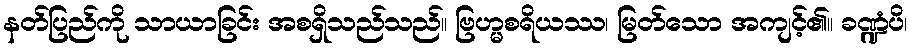
နတ်ပြည်ကို သာယာခြင်း အစရှိသည်သည်။ ဗြဟ္မစရိယဿ၊ မြတ်သော အကျင့်၏။ ခဏ္ဍံပိ၊